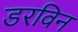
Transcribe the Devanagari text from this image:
डरविन